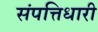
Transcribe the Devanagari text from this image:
संपत्तिधारी